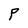
Character: P